Report of the veterinary officer investigating camel disease
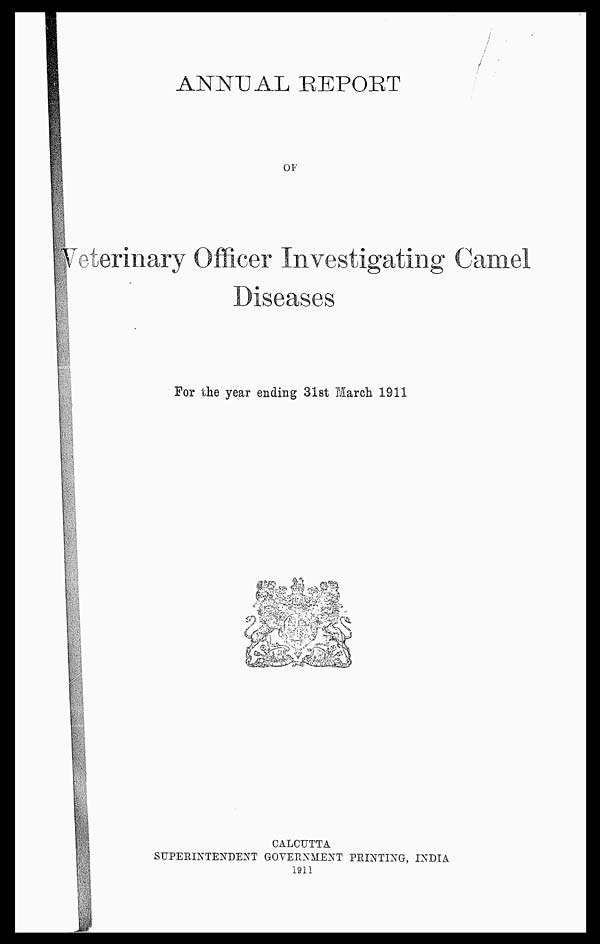
ANNUAL REPORT
OF
Veterinary Officer Investigating Camel
Diseases
For the year ending 31st March 1911
CALCUTTA
SUPERINTENDENT GOVERNMENT PRINTING, INDIA
1911